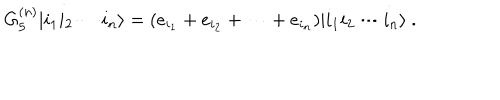
LaTeX: G _ { 5 } ^ { ( n ) } | i _ { 1 } i _ { 2 } \cdots i _ { n } \rangle = ( e _ { i _ { 1 } } + e _ { i _ { 2 } } + \cdots + e _ { i _ { n } } ) | i _ { 1 } i _ { 2 } \cdots i _ { n } \rangle \ .